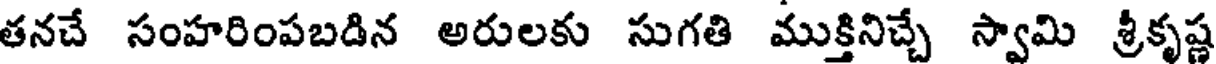
తనచే సంహరింపబడిన అరులకు సుగతి ముక్తినిచ్చే స్వామి శ్రీకృష్ణ